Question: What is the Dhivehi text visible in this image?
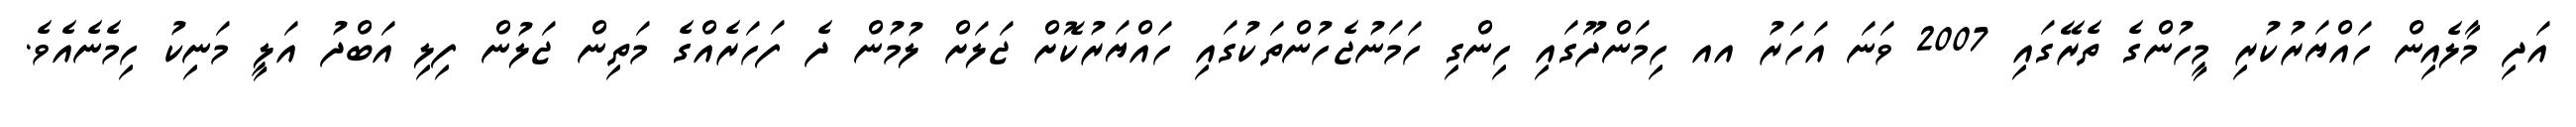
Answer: އަދި މާލެއިން ހައްޔަރުކުރި މީހުންގެ ތެރޭގައި 2007 ވަނަ އަހަރު އއ ހިމަންދޫގައި ހިންގި ހަމަނުޖެހުންތަކުގައި ހައްޔަރުކޮށް ޖަލަށް ލުމުން ދެ ފަހަރެއްގެ މަތިން ޖަލުން ފިލި އަބްދު އަލީ މަނިކު ހިމެނެއެވެ.